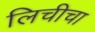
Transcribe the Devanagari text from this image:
लिचीचा